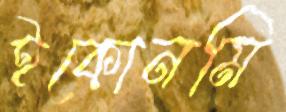
ইকোনমি